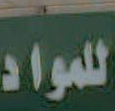
للمواد